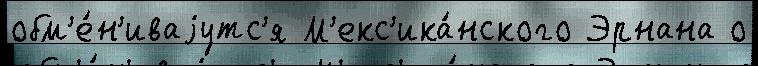
обм'е́н'иваjутс'я М'екс'ика́нского Эрнана о